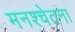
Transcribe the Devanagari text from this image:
मनश्चेतना